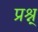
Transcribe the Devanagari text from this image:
प्रश्न्